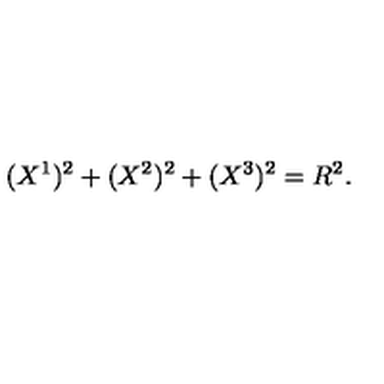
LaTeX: ( X ^ { 1 } ) ^ { 2 } + ( X ^ { 2 } ) ^ { 2 } + ( X ^ { 3 } ) ^ { 2 } = R ^ { 2 } .